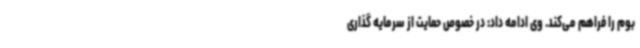
بوم را فراهم می‌کند. وی ادامه داد: در خصوص حمایت از سرمایه گذاری